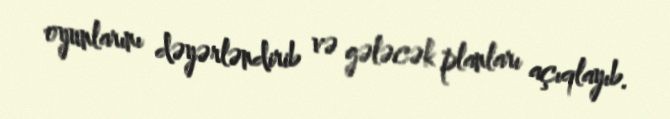
oyunlarını dəyərləndirib və gələcək planları açıqlayıb.